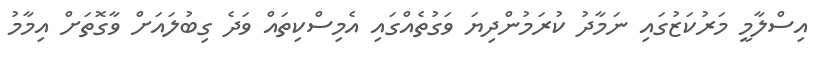
އިސްލާމީ މަރުކަޒުގައި ނަމާދު ކުރަމުންދިޔަ ވަގުތެއްގައި އެމިސްކިތައް ވަދެ ގިބުލައަށް ވާގޮތަށް އިމާމު